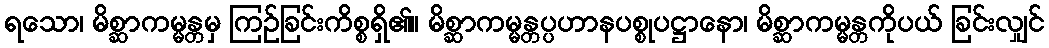
ရသော၊ မိစ္ဆာကမ္မန္တမှ ကြဉ်ခြင်းကိစ္စရှိ၏။ မိစ္ဆာကမ္မန္တပ္ပဟာနပစ္စုပဋ္ဌာနော၊ မိစ္ဆာကမ္မန္တကိုပယ် ခြင်းလျှင်